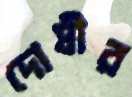
দোষীর